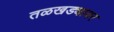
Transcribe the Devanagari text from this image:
तळखड्यावर